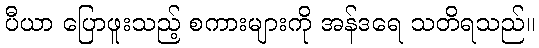
ပီယာ ပြောဖူးသည့် စကားများကို အန်ဒရေ သတိရသည်။